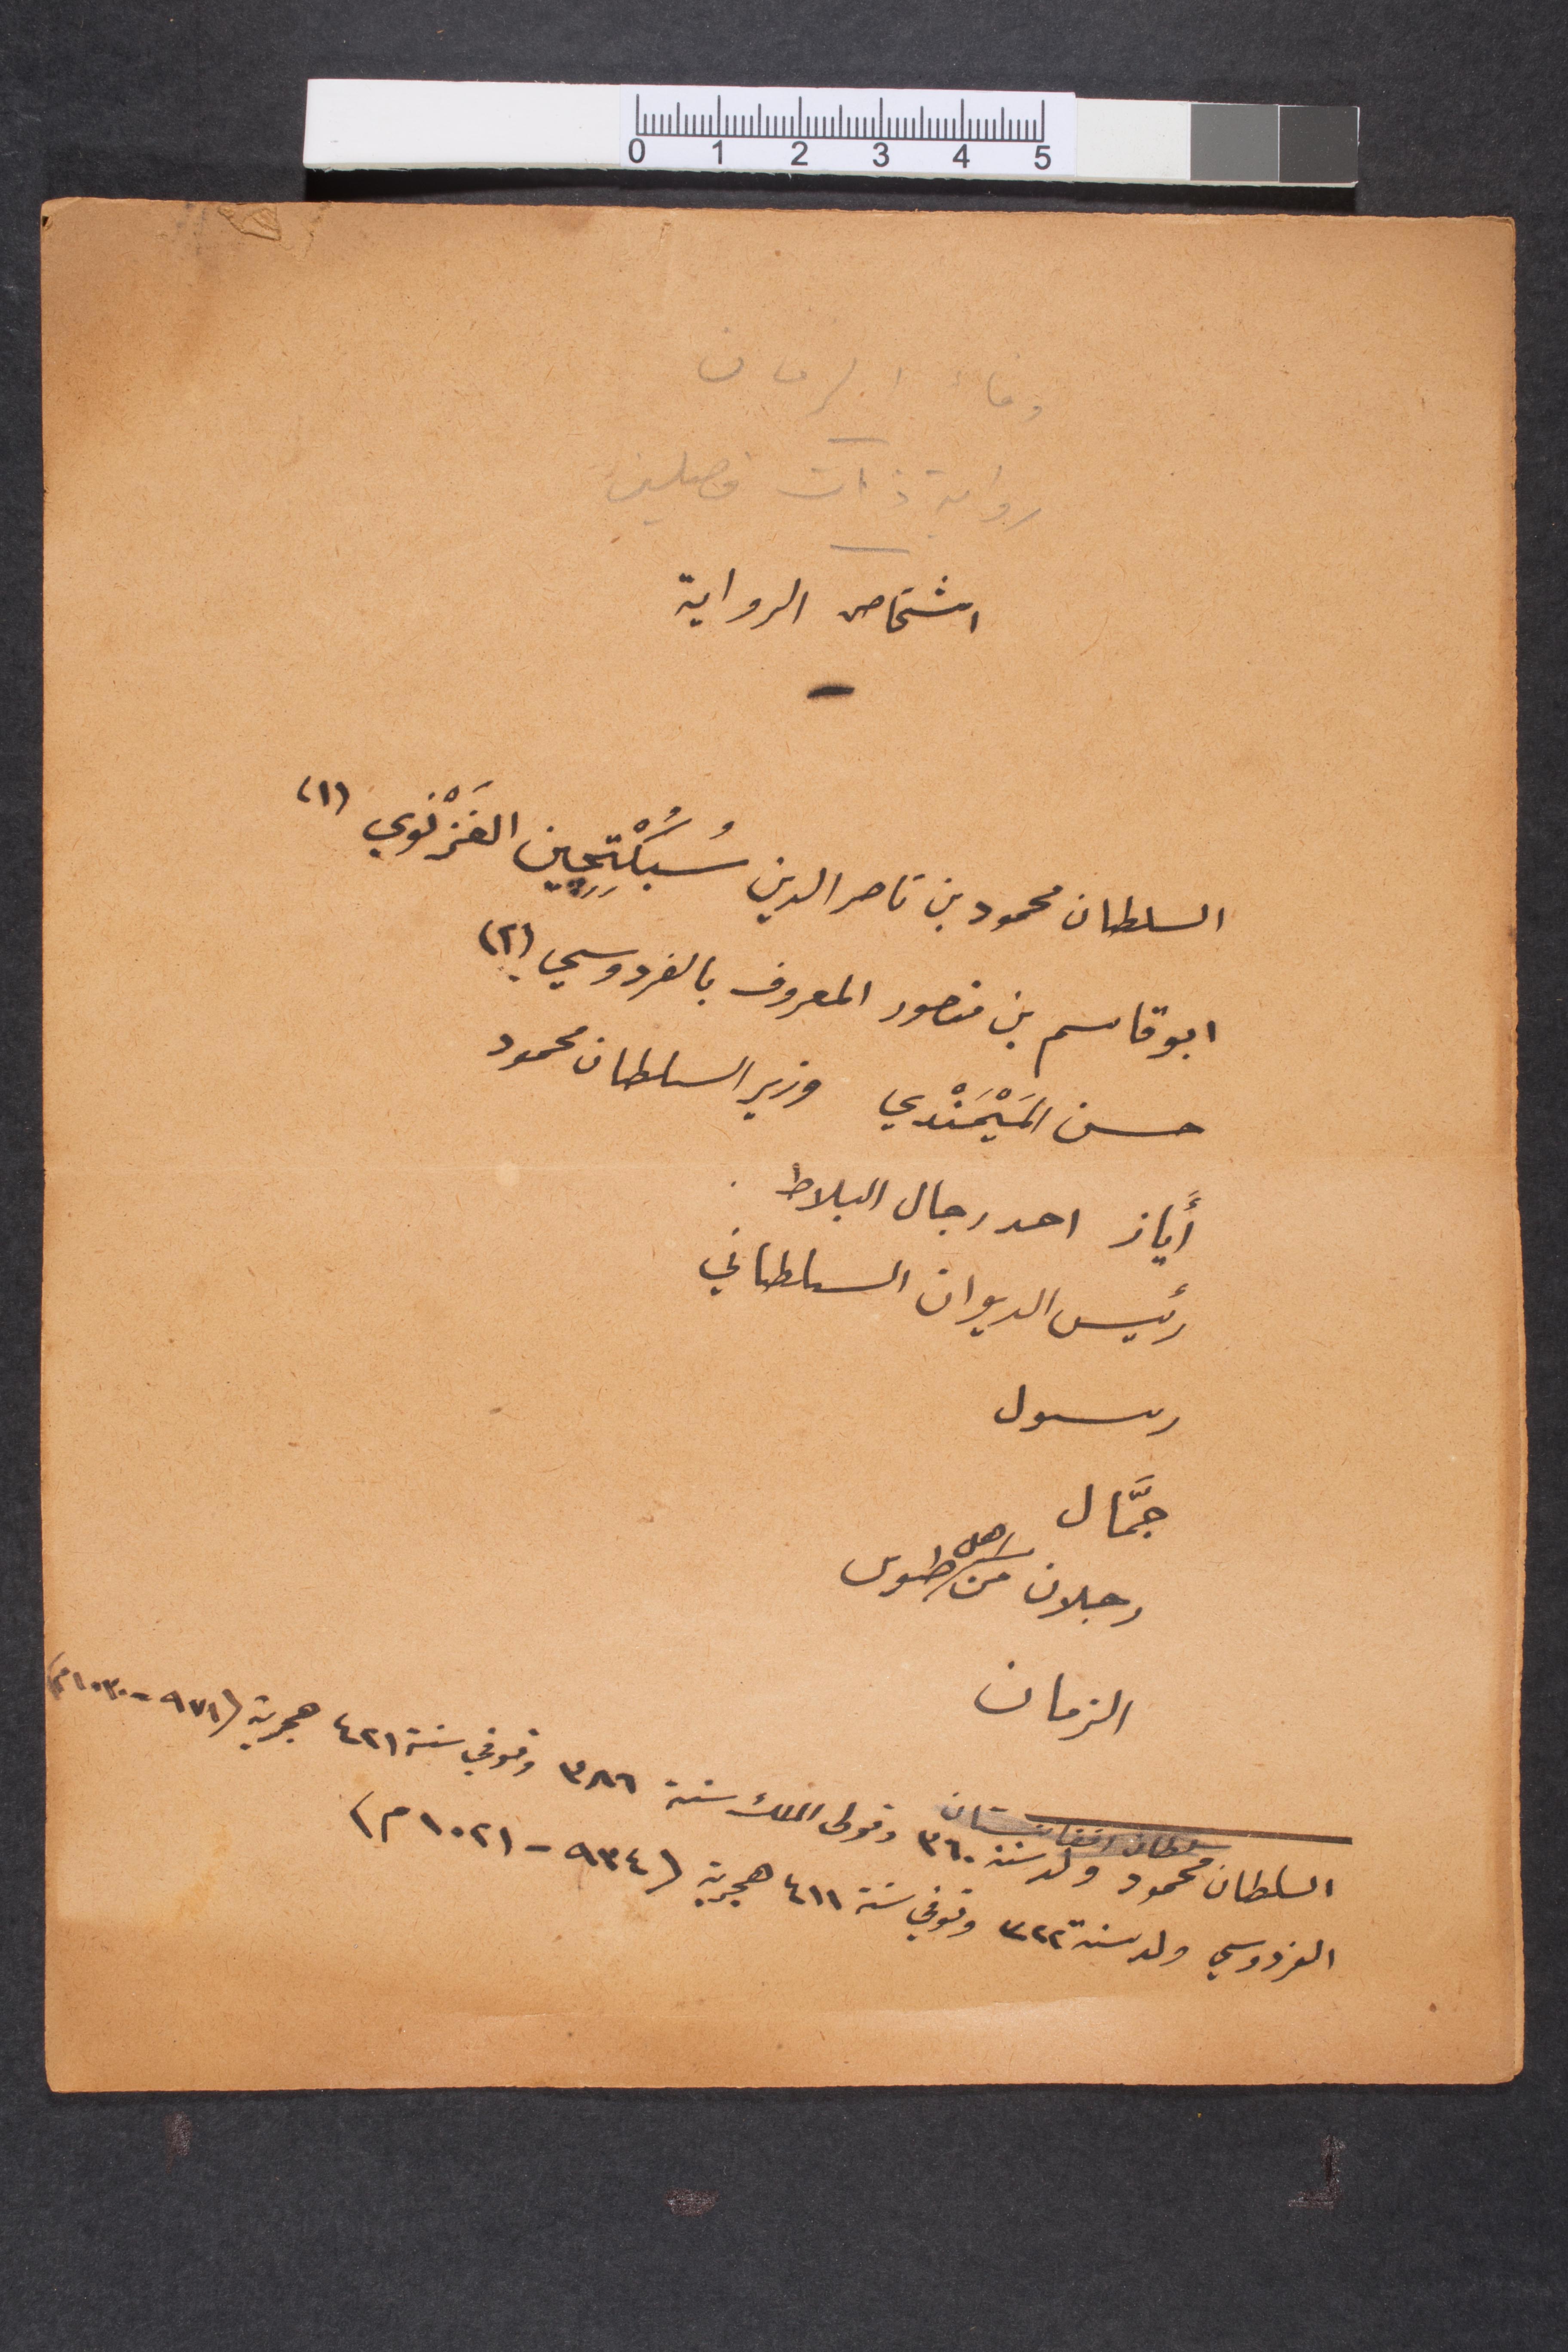
اشخاص الرواية
السلطان محمود بن ناصر الدين سُبكُتجين الغَرْنوي (١)
أبو قاسم من منصور المعروف بالفردوسي (٢)
حسن المَيْمَندي وزير السلطان محمود
اياز احد رجال البلاط
رئيس الديوان السلطاني
رسول
جمّال
رجلان من اهل طوس
الزمان
السلطان محمود ولد سنة ٣٦٠ وتولى الملك سنة ٣٨٦ وتوفي سنة ٤٢١ هجرية (٩٧١-١٠٣٠م)
الفردوسي ولد سنة ٣٢٢ وتوفي سنة ٤١١ هجرية (٩٣٤-١٠٢١ م)